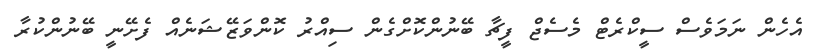
އެހެން ނަމަވެސް ސީކްރެޓް މެސެޖް ފީޗާ ބޭނުންކޮށްގެން ސިއްރު ކޮންވަޒޭޝަނެއް ފެށޭނީ ބޭނުންކުރާ